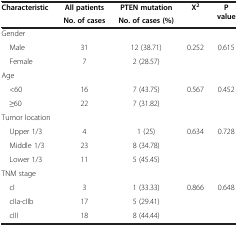
<table><thead><tr><td><b>Characteristic</b></td><td><b>All patients</b></td><td><b>PTEN mutation</b></td><td><b>X<sup>2</sup></b></td><td><b>P value</b></td></tr><tr><td><b> </b></td><td><b>No. of cases</b></td><td><b>No. of cases (%)</b></td><td><b> </b></td><td><b> </b></td></tr></thead><tbody><tr><td>Gender</td><td> </td><td> </td><td> </td><td> </td></tr><tr><td> Male</td><td>31</td><td>12 (38.71)</td><td>0.252</td><td>0.615</td></tr><tr><td> Female</td><td>7</td><td>2 (28.57)</td><td> </td><td> </td></tr><tr><td>Age</td><td> </td><td> </td><td> </td><td> </td></tr><tr><td> &lt;60</td><td>16</td><td>7 (43.75)</td><td>0.567</td><td>0.452</td></tr><tr><td> ≥60</td><td>22</td><td>7 (31.82)</td><td> </td><td> </td></tr><tr><td>Tumor location</td><td> </td><td> </td><td> </td><td> </td></tr><tr><td> Upper 1/3</td><td>4</td><td>1 (25)</td><td>0.634</td><td>0.728</td></tr><tr><td> Middle 1/3</td><td>23</td><td>8 (34.78)</td><td> </td><td> </td></tr><tr><td> Lower 1/3</td><td>11</td><td>5 (45.45)</td><td> </td><td> </td></tr><tr><td>TNM stage</td><td> </td><td> </td><td> </td><td> </td></tr><tr><td> cI</td><td>3</td><td>1 (33.33)</td><td>0.866</td><td>0.648</td></tr><tr><td> cIIa-cIIb</td><td>17</td><td>5 (29.41)</td><td> </td><td> </td></tr><tr><td> cIII</td><td>18</td><td>8 (44.44)</td><td> </td><td> </td></tr></tbody></table>